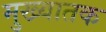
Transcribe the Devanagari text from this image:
मुख्यातक